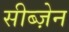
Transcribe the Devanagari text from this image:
सीब्ज़ेन